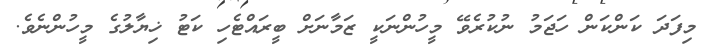
މިފަދަ ކަންކަން ހަޖަމު ނުކުރެވޭ މީހުންނަކީ ޒަމާނަށް ބީރައްޓެހި ކަޓު ޚިޔާލުގެ މީހުންނެވެ.